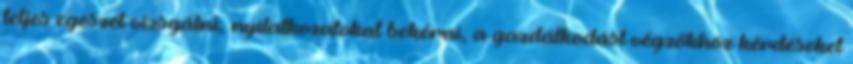
teljes egészét vizsgálni, nyilatkozatokat bekérni, a gazdálkodást végzőkhöz kérdéseket